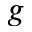
_ { g }